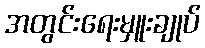
အတွင်းရေးမှူးချုပ်